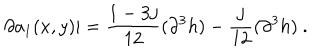
\left. \partial a _ { 1 } ( x , y ) \right| = \frac { 1 - 3 j } { 1 2 } ( \partial ^ { 3 } h ) - \frac { j } { 1 2 } ( \partial ^ { 3 } h ) \ .